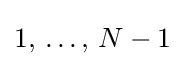
\textstyle 1,\,\ldots ,\,N-1